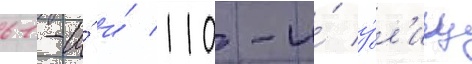
61-и́ и́ 110-и́ у́л'иц